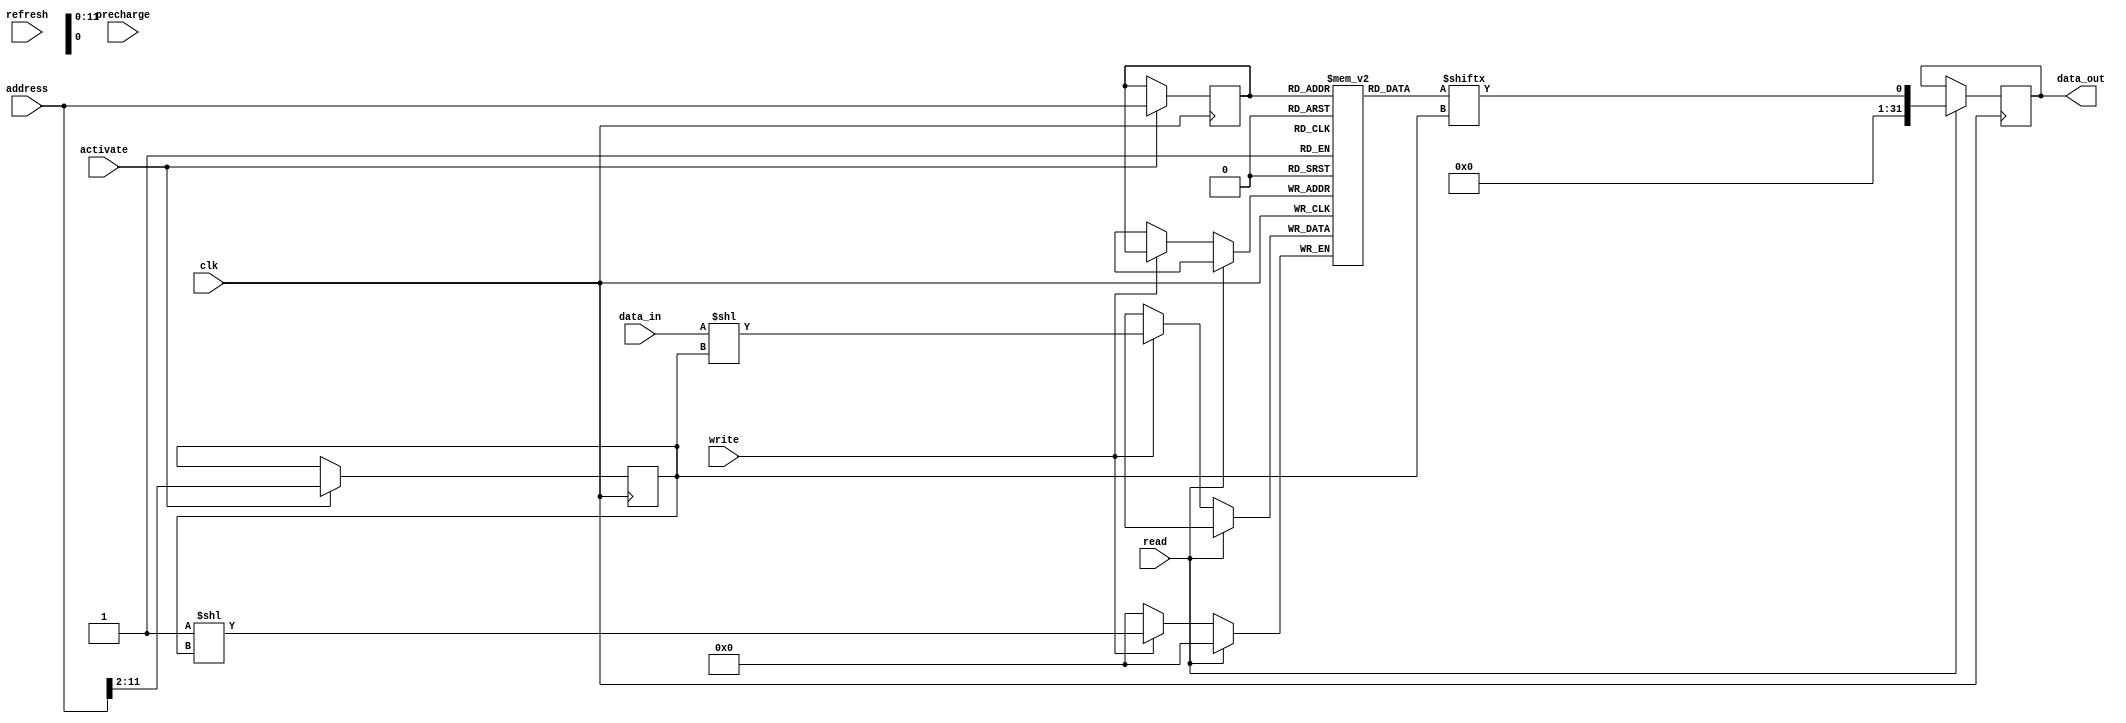
module SDRAM (
    input wire clk,
    input wire read,
    input wire write,
    input wire [11:0] address,
    input wire [31:0] data_in,
    output reg [31:0] data_out,
    input wire precharge,
    input wire activate,
    input wire refresh
);

reg [11:0] row_address;
reg [9:0] column_address;

// Addressing block
always @ (posedge clk)
begin
    if (activate)
    begin
        row_address <= address[11:0];
        column_address <= address[11:2];
    end
end

// Data storage block
reg [31:0] memory [0:4095];

// Row and column access block
always @ (posedge clk)
begin
    if (read)
    begin
        data_out <= memory[row_address][column_address];
    end
    else if (write)
    begin
        memory[row_address][column_address] <= data_in;
    end
end

// Control logic block
always @ (posedge clk)
begin
    if (precharge)
    begin
        // Perform precharge operation
    end
    else if (refresh)
    begin
        // Perform refresh operation
    end
end

endmodule